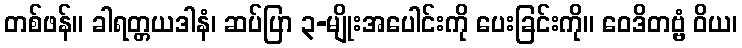
တစ်ဖန်။ ခါရတ္တယဒါနံ၊ ဆပ်ပြာ ၃-မျိုးအပေါင်းကို ပေးခြင်းကို။ ဝေဒိတဗ္ဗံ ဝိယ၊